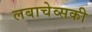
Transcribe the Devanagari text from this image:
लबाचेव्सकी